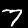
Label: 7